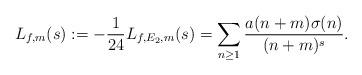
LaTeX: \begin{align*}L_{f,m}(s):=-\frac{1}{24}L_{f, E_2, m}(s)=\sum\limits_{n\geq 1}\frac{a(n+m) \sigma(n)}{(n+m)^s}.\end{align*}